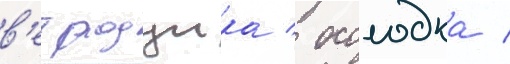
в'етродуика / осолодка /